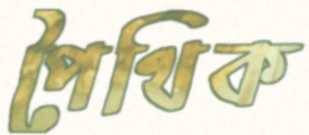
পৈথিক